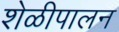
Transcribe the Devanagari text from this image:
शेळीपालन